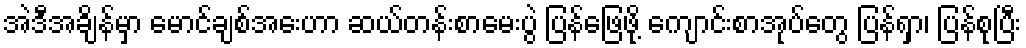
အဲဒီအချိန်မှာ မောင်ချစ်အေးဟာ ဆယ်တန်းစာမေးပွဲ ပြန်ဖြေဖို့ ကျောင်းစာအုပ်တွေ ပြန်ရှာ၊ ပြန်စုပြီး